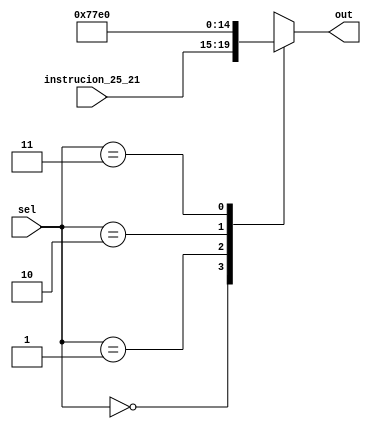
module mux_regreadone(input wire [4:0]instrucion_25_21,
                 input wire [1:0] sel,
                 output reg [4:0] out
                 );
  
  always@(*) begin
    case (sel)
      2'b00: out = instrucion_25_21;
      2'b01: out = 5'b11101; //reg 29
      2'b10: out = 5'b11111; //reg 31
      2'b11: out = 5'b0;
    endcase
  end
endmodule